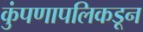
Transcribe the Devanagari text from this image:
कुंपणापलिकडून